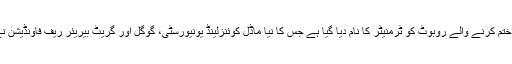
اسی لیے اس خوفناک مچھلی کو ختم کرنے والے روبوٹ کو ٹرمنیٹر کا نام دیا گیا ہے جس کا نیا ماڈل کوئنزلینڈ یونیورسٹی، گوگل اور گریٹ بیریئر ریف فاونڈیشن نے مشترکہ طور پر تیار کیا ہے۔